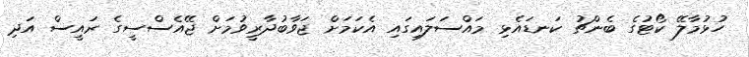
ހުޅުމާލޭ ކޯޓުގެ ބެންޗު ކަނޑައެޅި މައްސަލައިގައި އެކަމަށް ޖަވާބުދާރީވުމަށް ޖޭއެސްސީގެ ރައީސް އަދި